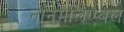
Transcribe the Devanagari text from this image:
नानमैलिएबल